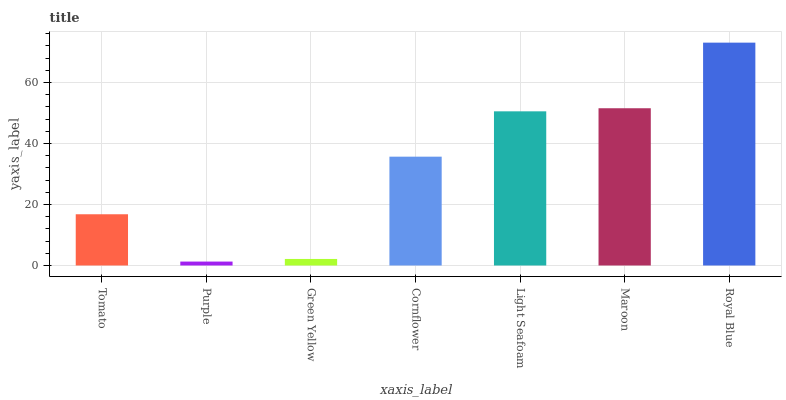
| xaxis_label | bars |
 | --- | --- |
 | Tomato | 16.8 |
 | Purple | 1.29 |
 | Green Yellow | 2.14 |
 | Cornflower | 35.7 |
 | Light Seafoam | 50.5 |
 | Maroon | 51.6 |
 | Royal Blue | 73.1 |